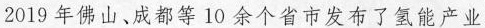
2019年佛山、成都等10余个省市发布了氢能产业